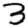
Digit: 3